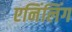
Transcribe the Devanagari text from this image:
एनिंलिंग